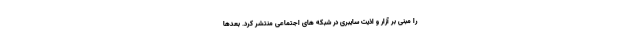
را مبنی بر آزار و اذیت سایبری در شبکه های اجتماعی منتشر کرد. بعدها